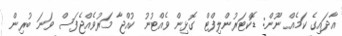
އާދައިގެ ކަމެއް ނޫން: ޑޮކްޓަރުންލިފްޓް ގޮޅިން ވެއްޓުނު ކުއްޖާ މަރުވެއްޖެފަސް ވަނަ ބުރިން